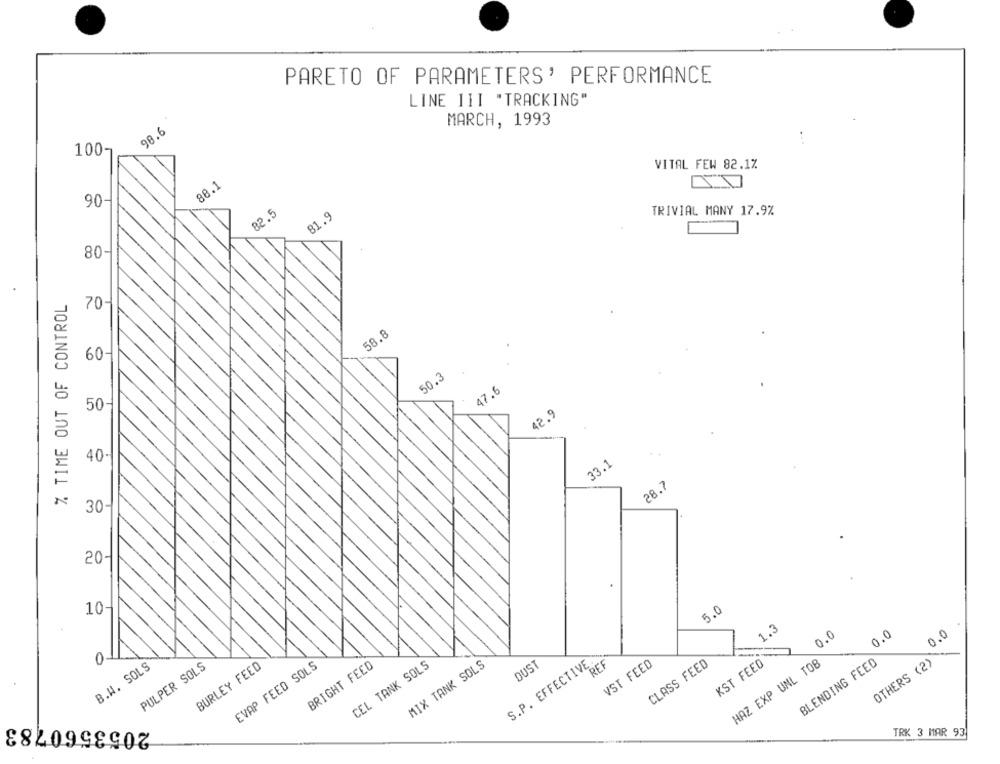
PARETO OF PARAMETERS' PERFORMANCE
LINE III "TRACKING"
MARCH, 1993
98.6
100-
VITAL FEW 82.1%
88.1
90-
82.5
81.9
TRIVIAL MANY 17.9%
80-
% TIME OUT OF CONTROL
70-
58.8
60-
50.3
47.6
50-
42.9
40-
33.1
28.7
30
20-
10
5.0
1.3
0.0
0.0
0.0
011
B.W. SOLS
PULPER SOLS
BURLEY FEED
EVAP FEED SOLS
BRIGHT FEED
CEL TANK SOLS
MIX TANK SOLS
S.P. EFFECTIVE
DUST
REF
VST FEED
CLASS FEED
KST FEED
HAZ EXP UNL TO8
BLENDING FEED
OTHERS (2)
2053560783
TRK 3 MAR 93